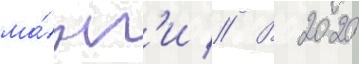
ма́нг'и // В 2020